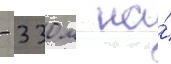
- 330 м на́